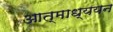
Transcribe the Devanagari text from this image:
आत्माध्ययन